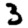
Digit: 3